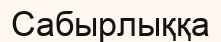
Сабырлыққа